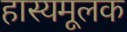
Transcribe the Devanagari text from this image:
हास्यमूलक